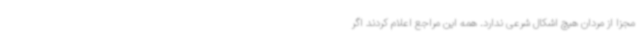
مجزا از مردان هیچ اشکال شرعی ندارد. همه این مراجع اعلام کردند اگر